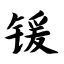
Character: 锾